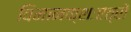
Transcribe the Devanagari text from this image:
विमानक्शःएत्रों